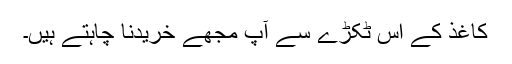
کاغذ کے اس ٹکڑے سے آپ مجھے خریدنا چاہتے ہیں۔